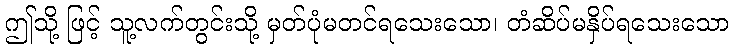
ဤသို့ ဖြင့် သူ့လက်တွင်းသို့ မှတ်ပုံမတင်ရသေးသော၊ တံဆိပ်မနှိပ်ရသေးသော